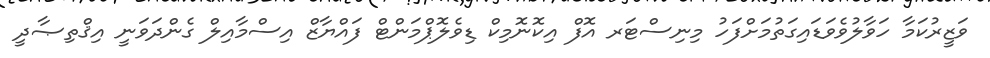
ވަޒީރުކަމާ ހަވާލުވެވަޑައިގަތުމަށްފަހު މިނިސްޓަރ އޮފް އިކޮނޮމިކް ޑިވެލޮޕްމަންޓް ފައްޔާޒް އިސްމާއިލް ގެންދަވަނީ އިޤްތިޞާދީ